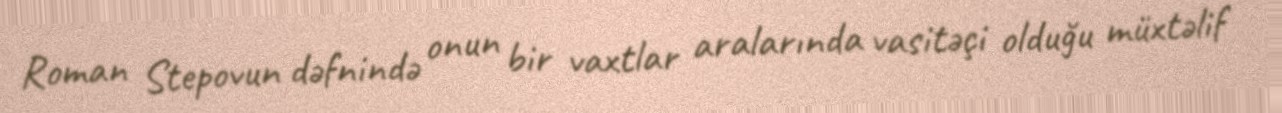
Roman Stepovun dəfnində onun bir vaxtlar aralarında vasitəçi olduğu müxtəlif